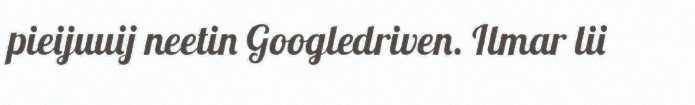
pieijuuij neetin Googledriven. Ilmar lii